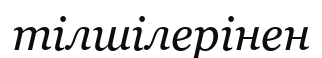
тілшілерінен